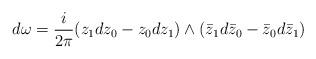
LaTeX: \begin{align*}d\omega =\frac{i}{2\pi }(z_{1}dz_{0}-z_{0}dz_{1})\wedge (\bar{z}_{1}d\bar{z}_{0}-\bar{z}_{0}d\bar{z}_{1}) \end{align*}